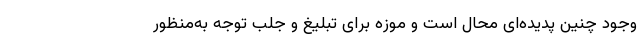
وجود چنین پدیده‌ای محال است و موزه برای تبلیغ و جلب توجه به‌منظور